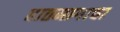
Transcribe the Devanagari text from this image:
हातमागाचा